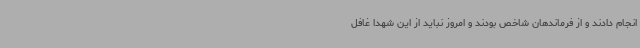
انجام دادند و از فرماندهان شاخص بودند و امروز نباید از این شهدا غافل